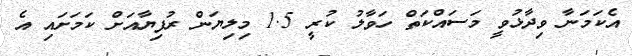
އެކަމަނާ ވިދާޅުވީ މަސައްކަތް ހަވާލު ކުރީ 1.5 މިލިޔަން ރުފިޔާއަށް ކަމަށައި އެ